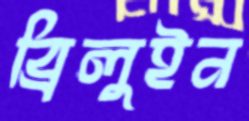
ব্রিলুইন